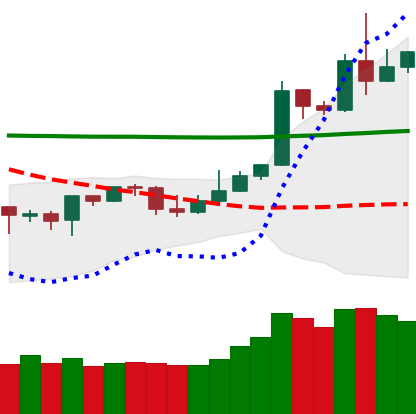
Ticker: DOGE-USD
Chart end date: 2020-05-02
Forward return: 4.512%
Label: up_3_5